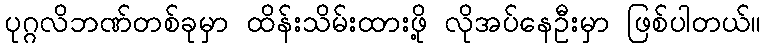
ပုဂ္ဂလိဘဏ်တစ်ခုမှာ ထိန်းသိမ်းထားဖို့ လိုအပ်နေဦးမှာ ဖြစ်ပါတယ်။